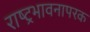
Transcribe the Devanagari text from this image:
राष्ट्रभावनापरक